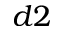
d 2